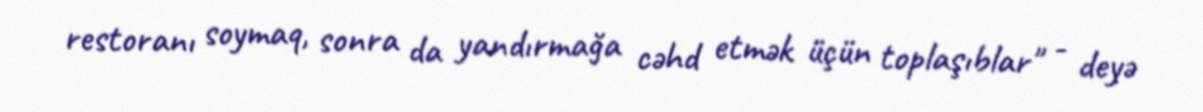
restoranı soymaq, sonra da yandırmağa cəhd etmək üçün toplaşıblar" - deyə